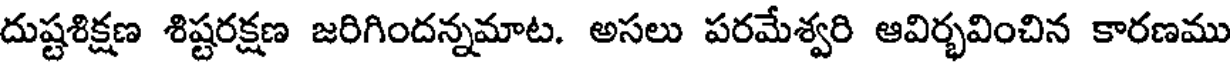
దుష్టశిక్షణ శిష్టరక్షణ జరిగిందన్నమాట. అసలు పరమేశ్వరి ఆవిర్భవించిన కారణము